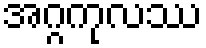
အဂ္ဂကုလဿ